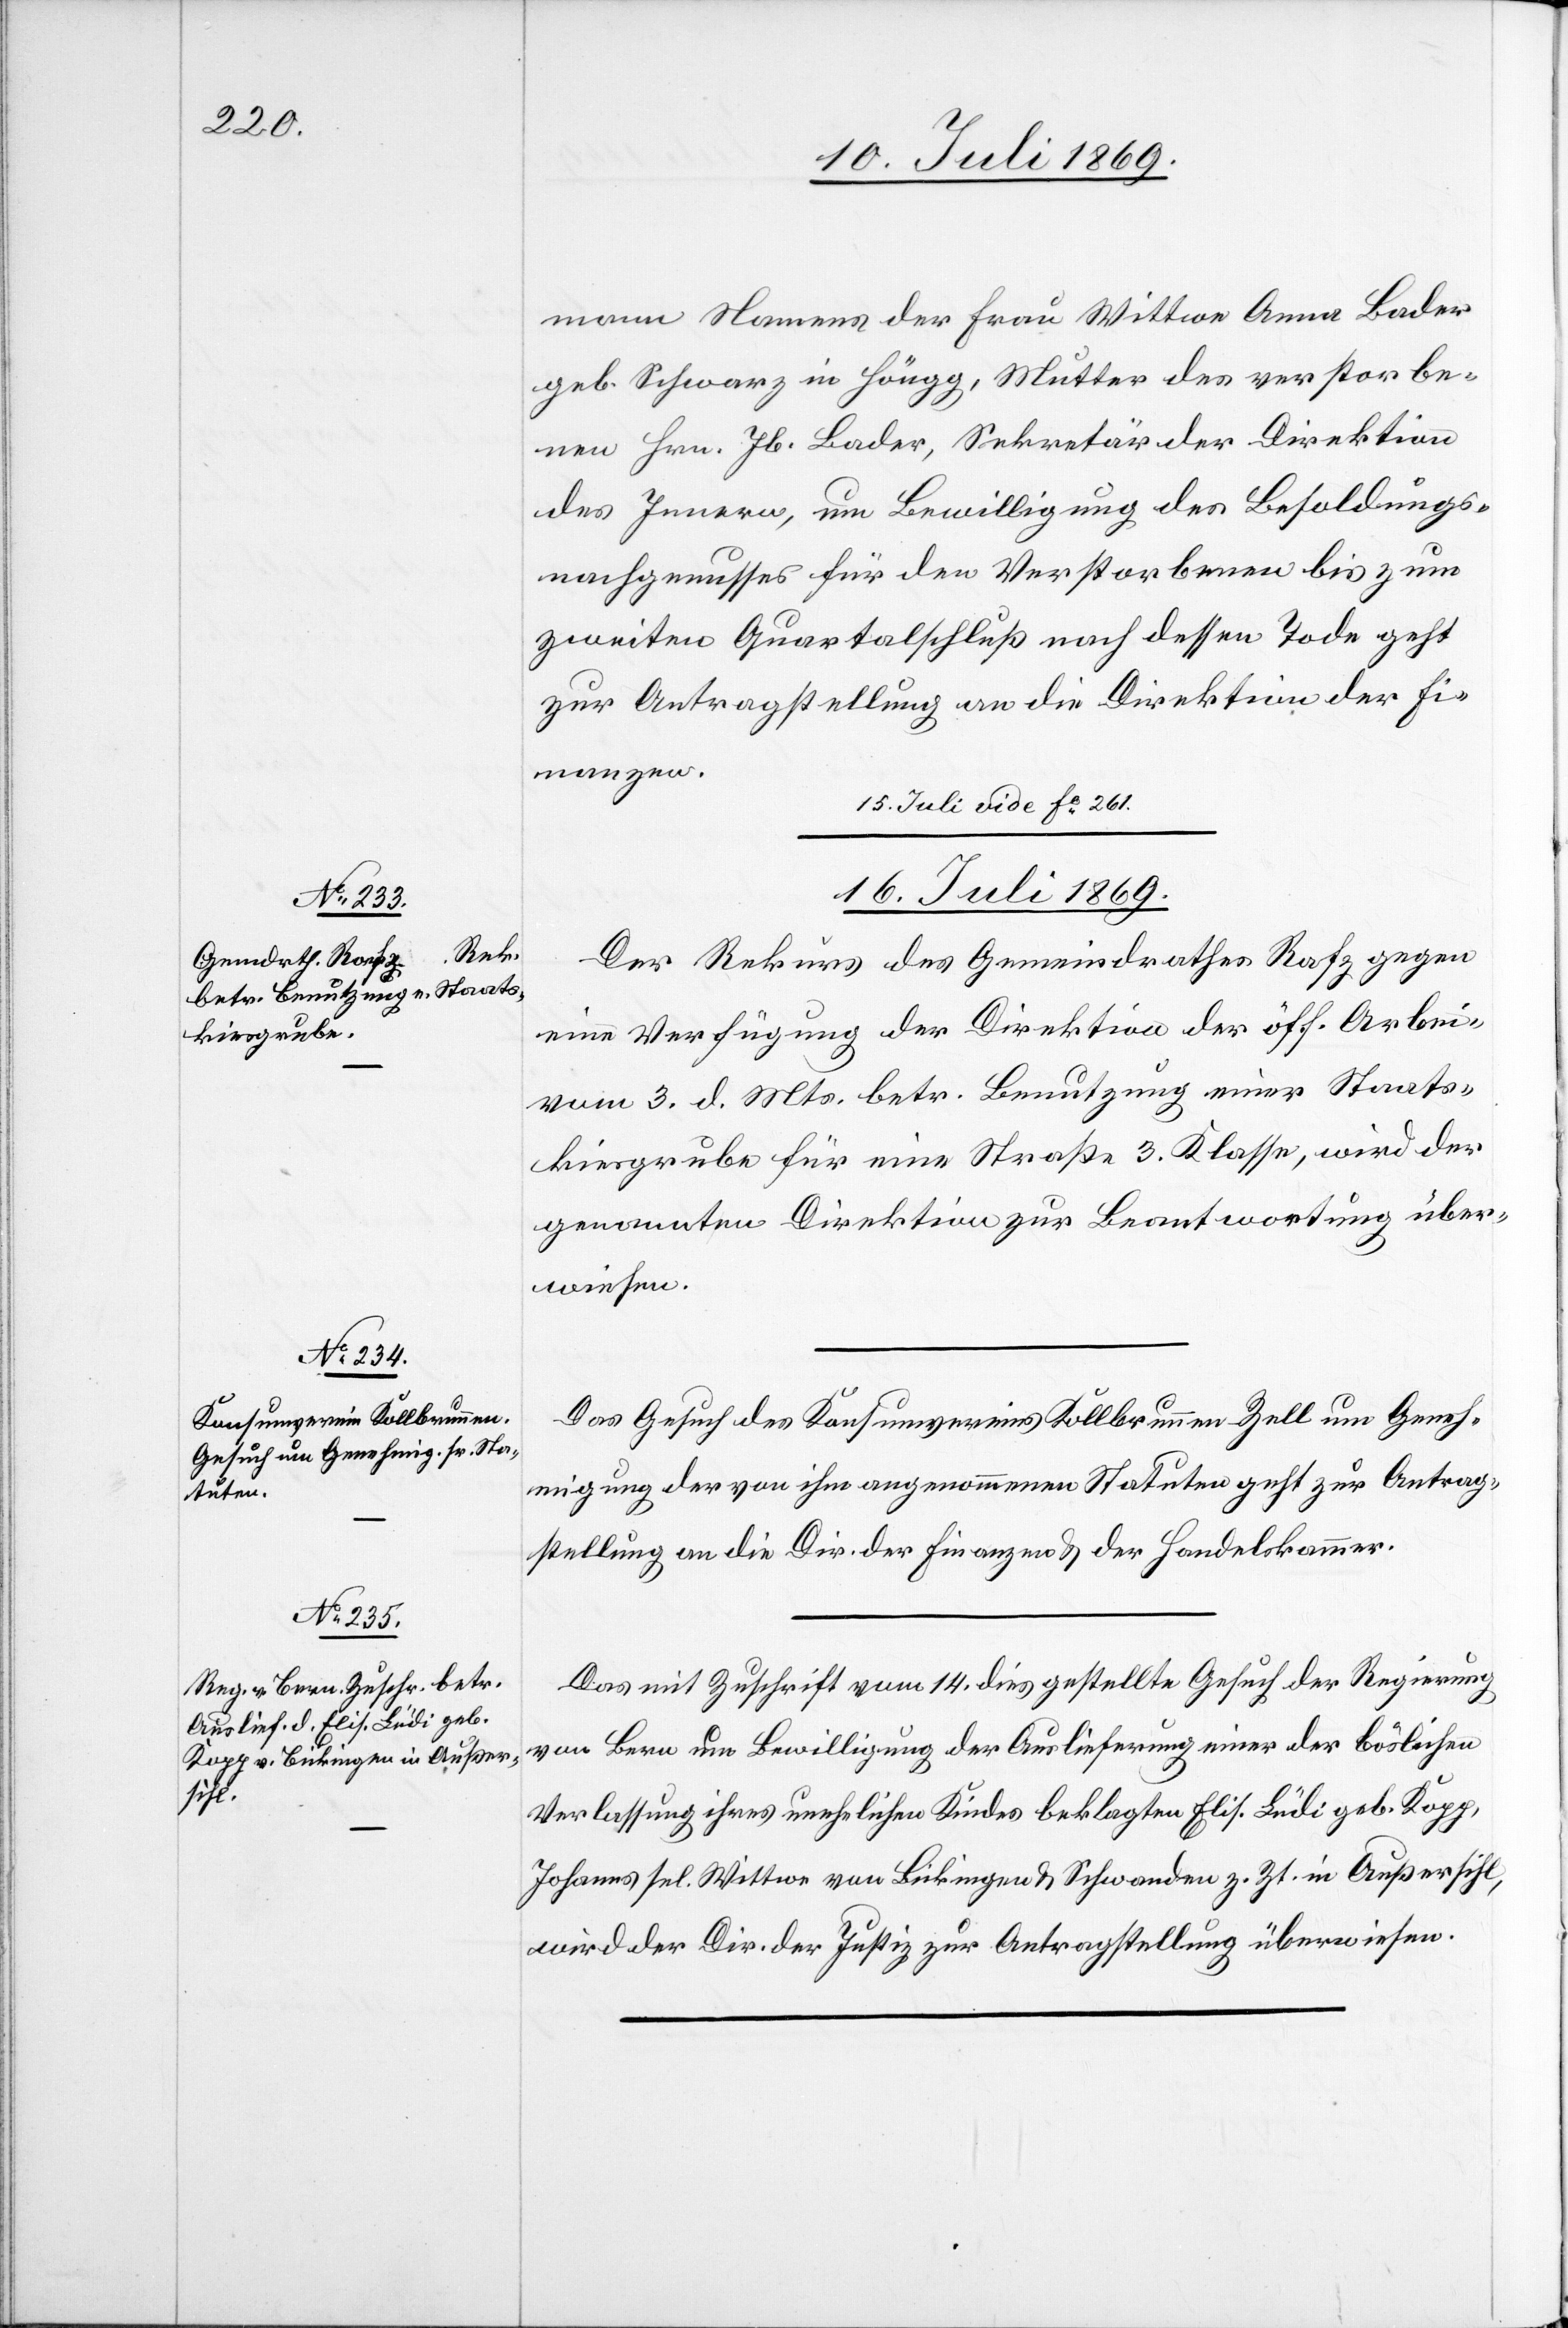
mann Namens der Frau Wittwe Anna Bader
geb. Schwarz in Höngg, Mutter des verstorbe¬
nen Hrn. Jb. Bader, Sekretär der Direktion
des Innern, um Bewilligung des Besoldungs¬
nachgenusses für den Verstorbenen bis zum
zweiten Quartalsbeschluß nach dessen Tode geht
zur Antragstellung an die Direktion der Fi¬
nanzen.
16. Juli 1869.]
Der Rekurs des Gemeindrathes Rafz gegen
eine Verfügung der Direktion der öff. Arbeiten
vom 3. d. Mts. betr. Benutzung einer Staats¬
kiesgrube für eine Straße 3. Klasse, wird der
genannten Direktion zur Beantwortung über¬
wiesen.
Das Gesuch des Konsumvereins Kohlbrunnen-Zell um Geneh¬
migung der von ihm angenommenen Statuten geht zur Antrag¬
stellung an die Dir. der Finanzen u. der Handelskammer.
Das mit Zuschrift vom 14. dies gestellte Gesuch der Regierung
von Bern um Bewilligung der Auslieferung einer der böslichen
Verlassung ihres unehelichen Kindes beklagten Elis. Lüdi geb. Kopp,
Johannes sel. Wittwe von Bickingen u. Schwanden z. Zt. in Außersihl,
wird der Dir. der Justiz zur Antragstellung überwiesen.